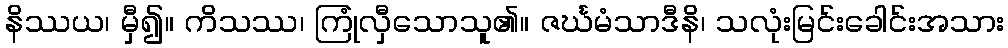
နိဿယ၊ မှီ၍။ ကိသဿ၊ ကြုံလှီသောသူ၏။ ဇင်္ဃမံသာဒီနိ၊ သလုံးမြင်းခေါင်းအသား